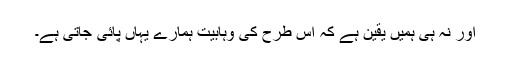
اور نہ ہى ہمیں یقین ہے کہ اس طرح کى وہابیت ہمارے یہاں پائى جاتى ہے۔